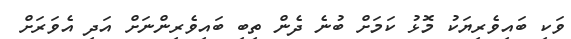
ވަކި ބައިވެރިޔަކު މޮޅު ކަމަށް ބުނެ ދެން ތިބި ބައިވެރިންނަށް އަދި އެވަރަށް